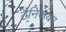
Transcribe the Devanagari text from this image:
टैनिजयर